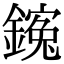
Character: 䥉